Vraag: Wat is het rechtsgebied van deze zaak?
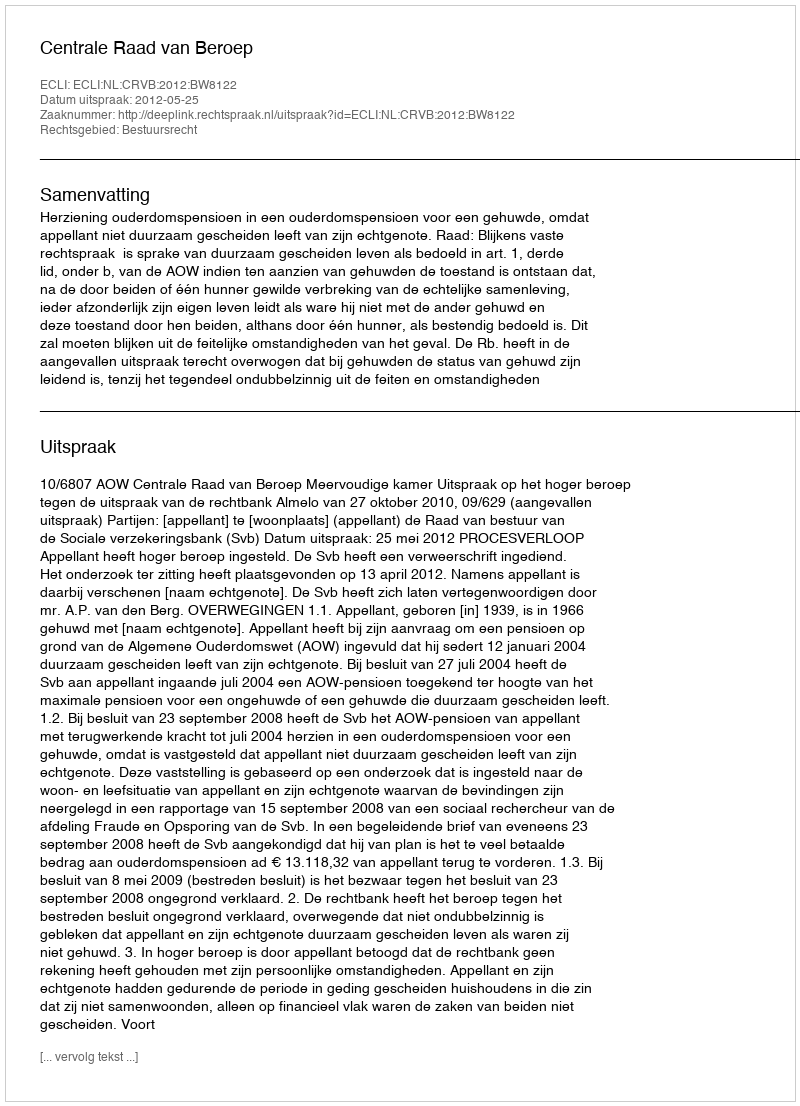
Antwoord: Bestuursrecht